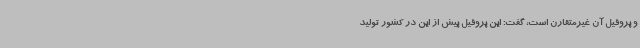
و پروفیل آن غیرمتقارن است، گفت: این پروفیل پیش از این در کشور تولید